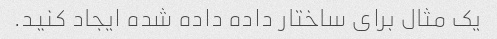
یک مثال برای ساختار داده داده شده ایجاد کنید.